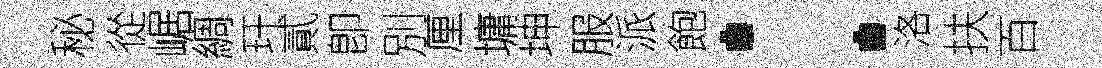
秘從崌綢玕貳卽別厘墉坤服派飽：洛扶百